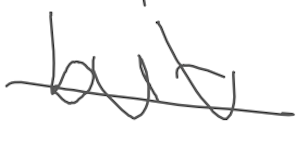
Text: but
Cross-out: single-line
Writing tool: digital_gray